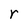
Character: r